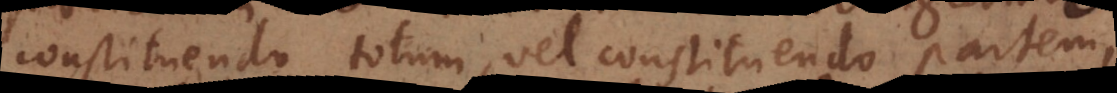
constituendo totum, vel constituendo partem,